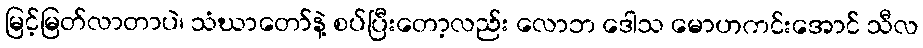
မြင့်မြတ်လာတာပဲ၊ သံဃာတော်နဲ့ စပ်ပြီးတော့လည်း လောဘ ဒေါသ မောဟကင်းအောင် သီလ